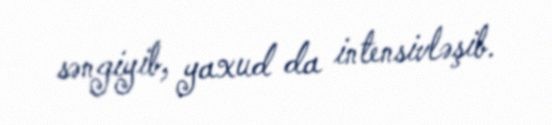
səngiyib, yaxud da intensivləşib.